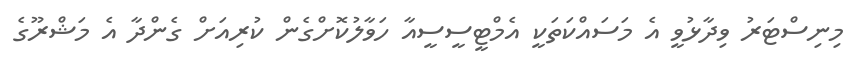
މިނިސްޓަރު ވިދާޅުވީ އެ މަސައްކަތަކީ އެމްޓީސީސީއާ ހަވާލުކޮށްގެން ކުރިއަށް ގެންދާ އެ މަޝްރޫގެ